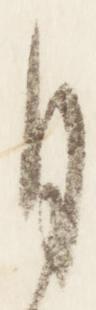
月